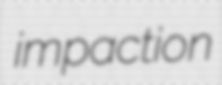
impaction